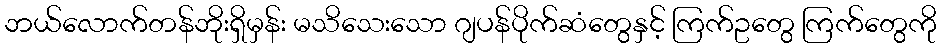
ဘယ်လောက်တန်ဘိုးရှိမှန်း မသိသေးသော ဂျပန်ပိုက်ဆံတွေနှင့် ကြက်ဥတွေ ကြက်တွေကို